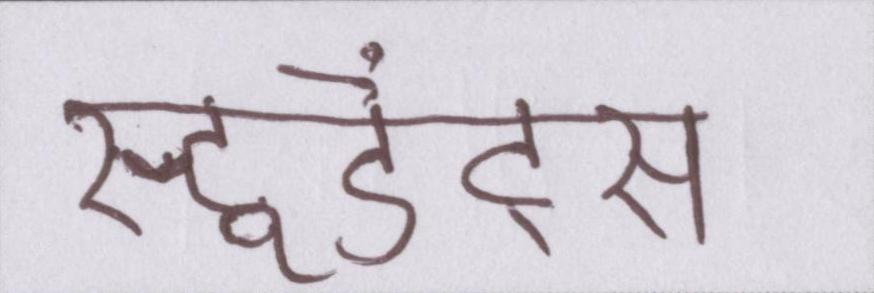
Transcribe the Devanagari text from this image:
स्टूडेंट्स